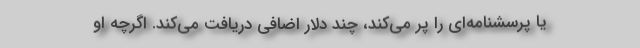
یا پرسشنامه‌ای را پر می‌کند، چند دلار اضافی دریافت می‌کند. اگرچه او